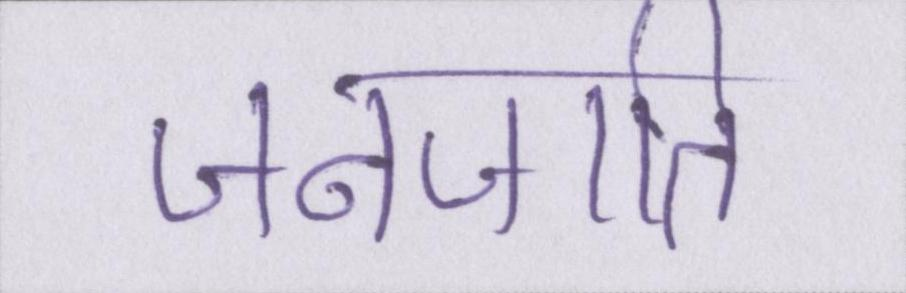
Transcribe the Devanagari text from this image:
जनजाति